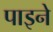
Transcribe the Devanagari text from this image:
पाइने